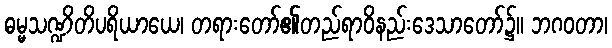
ဓမ္မသဏ္ဍိတိပရိယာယေ၊ တရားတော်၏တည်ရာဝိနည်းဒေသာတော်၌။ ဘဂဝတာ၊